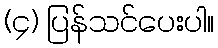
(၄) ပြန်သင်ပေးပါ။